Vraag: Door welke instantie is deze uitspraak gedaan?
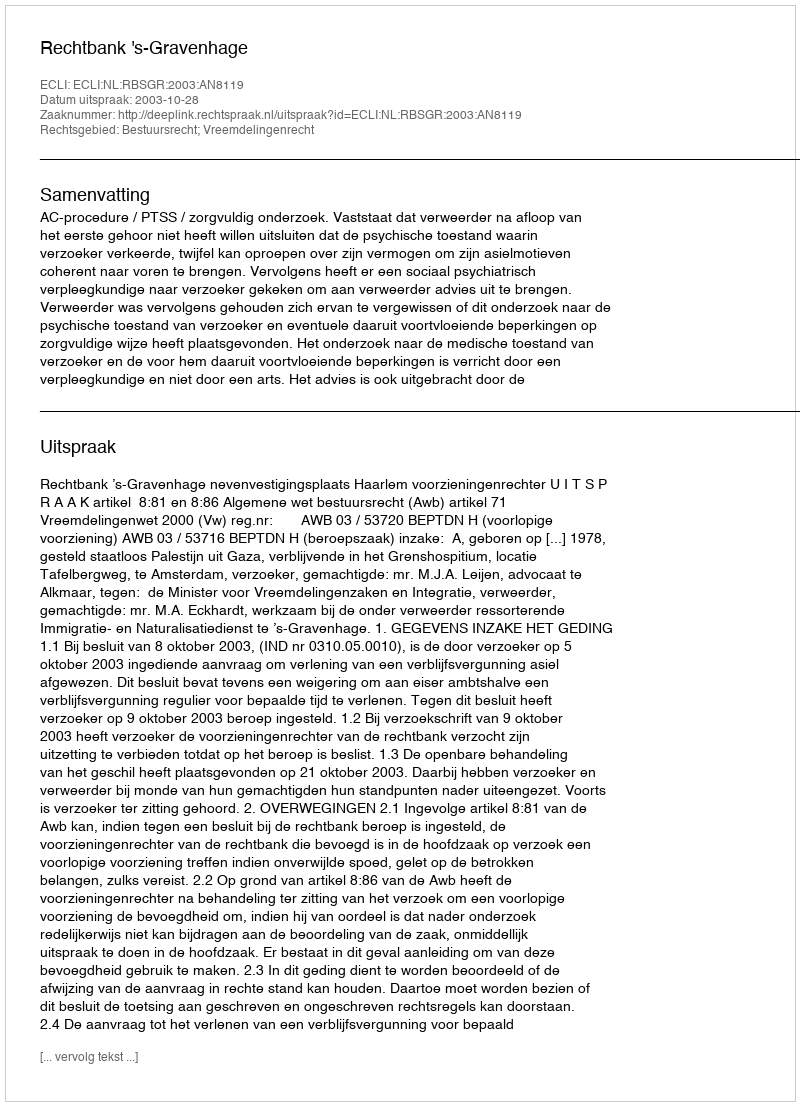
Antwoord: Rechtbank 's-Gravenhage